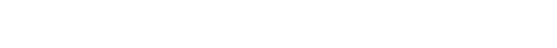
မူဝါဒ ပိုင်းဆိုင်ရာ ပြုပြင်ပြောင်းလဲရေး၊ ပြည်သူ့ဘဏ္ဍ စီမံခန့်ခွဲမှုတွေ၊ သဘာဝ